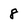
Character: 8